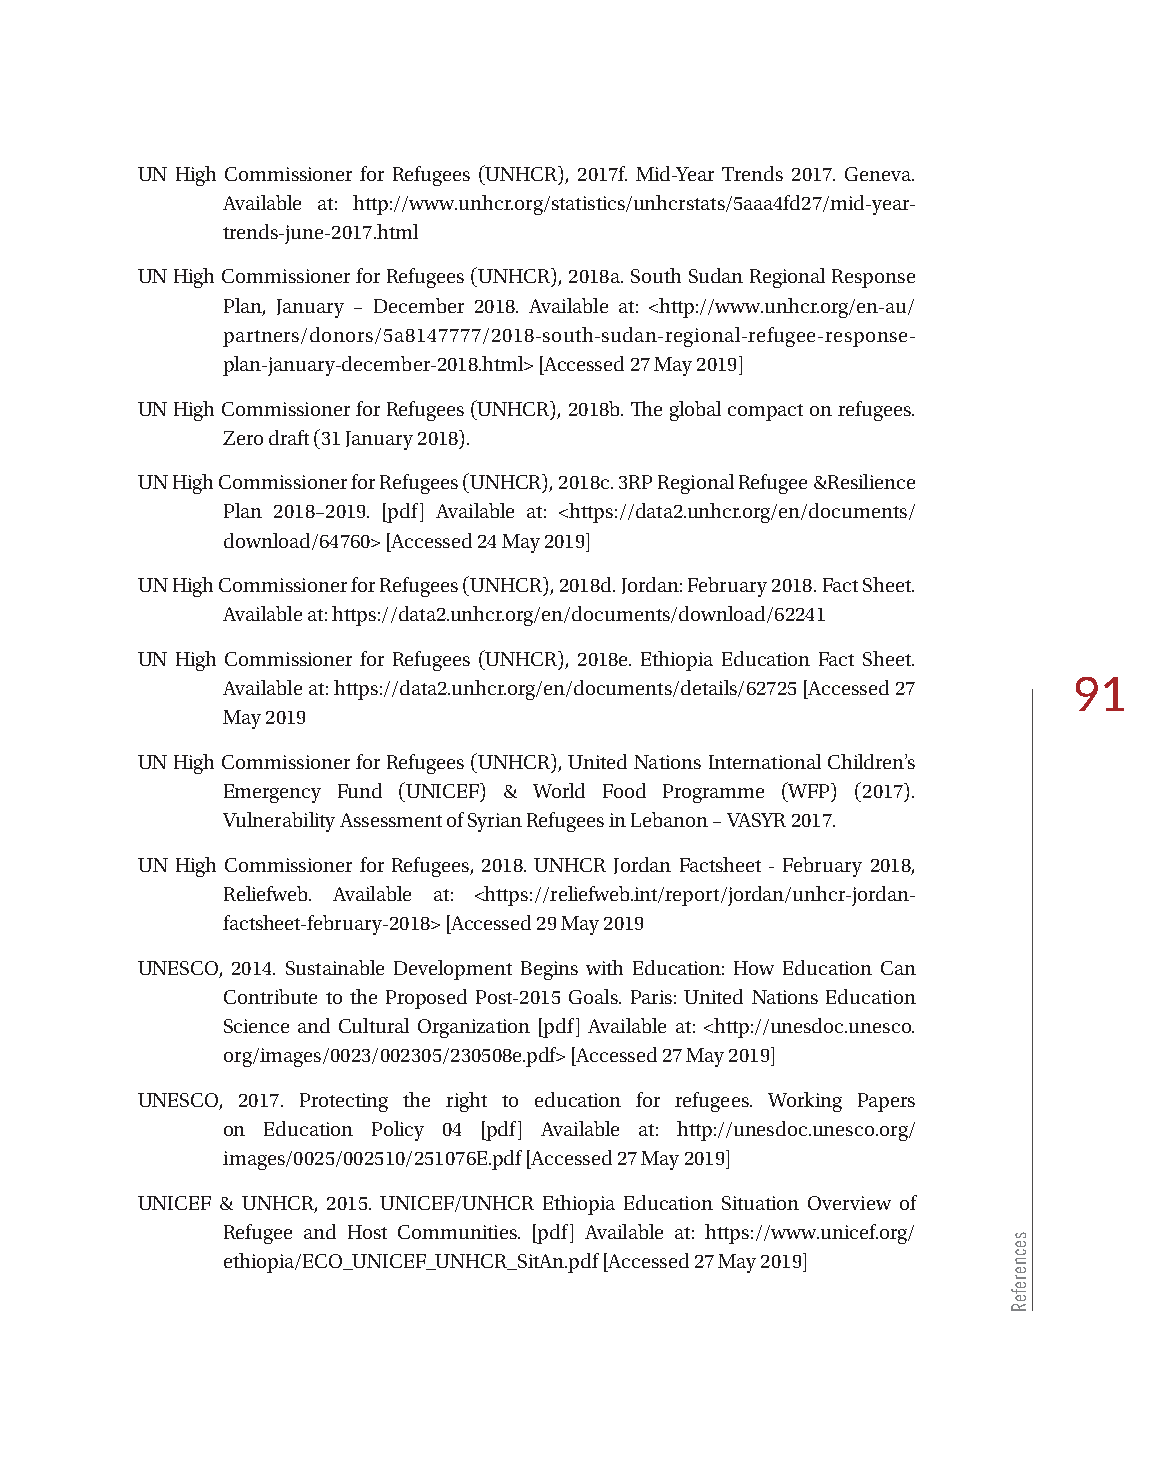
UN High Commissioner for Refugees (UNHCR), 2017f. Mid-Year Trends 2017. Geneva.
 Available at: http://www.unhcr.org/statistics/unhcrstats/5aaa4fd27/mid-year-
 trends-june-2017.html
 UN High Commissioner for Refugees (UNHCR), 2018a. South Sudan Regional Response
 Plan, January – December 2018. Available at: <http://www.unhcr.org/en-au/
 partners/donors/5a8147777/2018-south-sudan-regional-refugee-response-
 plan-january-december-2018.html> [Accessed 27 May 2019]
 UN High Commissioner for Refugees (UNHCR), 2018b. The global compact on refugees.
 Zero draft (31 January 2018).
 UN High Commissioner for Refugees (UNHCR), 2018c. 3RP Regional Refugee &Resilience
 Plan 2018–2019. [pdf] Available at: <https://data2.unhcr.org/en/documents/
 download/64760> [Accessed 24 May 2019]
 UN High Commissioner for Refugees (UNHCR), 2018d. Jordan: February 2018. Fact Sheet.
 Available at: https://data2.unhcr.org/en/documents/download/62241
 UN High Commissioner for Refugees (UNHCR), 2018e. Ethiopia Education Fact Sheet.
 Available at: https://data2.unhcr.org/en/documents/details/62725 [Accessed 27 91
 May 2019
 UN High Commissioner for Refugees (UNHCR), United Nations International Children’s
 Emergency Fund (UNICEF) & World Food Programme (WFP) (2017).
 Vulnerability Assessment of Syrian Refugees in Lebanon – VASYR 2017.
 UN High Commissioner for Refugees, 2018. UNHCR Jordan Factsheet - February 2018,
 Reliefweb. Available at: <https://reliefweb.int/report/jordan/unhcr-jordan-
 factsheet-february-2018> [Accessed 29 May 2019
 UNESCO, 2014. Sustainable Development Begins with Education: How Education Can
 Contribute to the Proposed Post-2015 Goals. Paris: United Nations Education
 Science and Cultural Organization [pdf] Available at: <http://unesdoc.unesco.
 org/images/0023/002305/230508e.pdf> [Accessed 27 May 2019]
 UNESCO, 2017. Protecting the right to education for refugees. Working Papers
 on Education Policy 04 [pdf] Available at: http://unesdoc.unesco.org/
 images/0025/002510/251076E.pdf [Accessed 27 May 2019]
 UNICEF & UNHCR, 2015. UNICEF/UNHCR Ethiopia Education Situation Overview of
 Refugee and Host Communities. [pdf] Available at: https://www.unicef.org/
 ethiopia/ECO_UNICEF_UNHCR_SitAn.pdf [Accessed 27 May 2019]
 secnerefeR